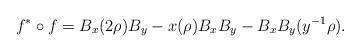
LaTeX: \begin{align*}f^* \circ f = B_x(2\rho) B_y - x(\rho) B_xB_y - B_xB_y(y^{-1}\rho).\end{align*}